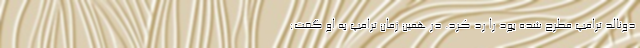
دونالد ترامپ مطرح شده بود را رد کرد. در همین زمان ترامپ به او گفت: